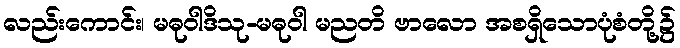
လည်းကောင်း၊ မဓုဝါဒိသု-မဓုဝါ မညတိ ဗာလော အစရှိသောပုံစံတို့၌